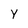
Character: Y